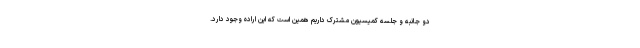
دو جانبه و جلسه کمیسیون مشترک داریم همین است که این اراده وجود دارد.